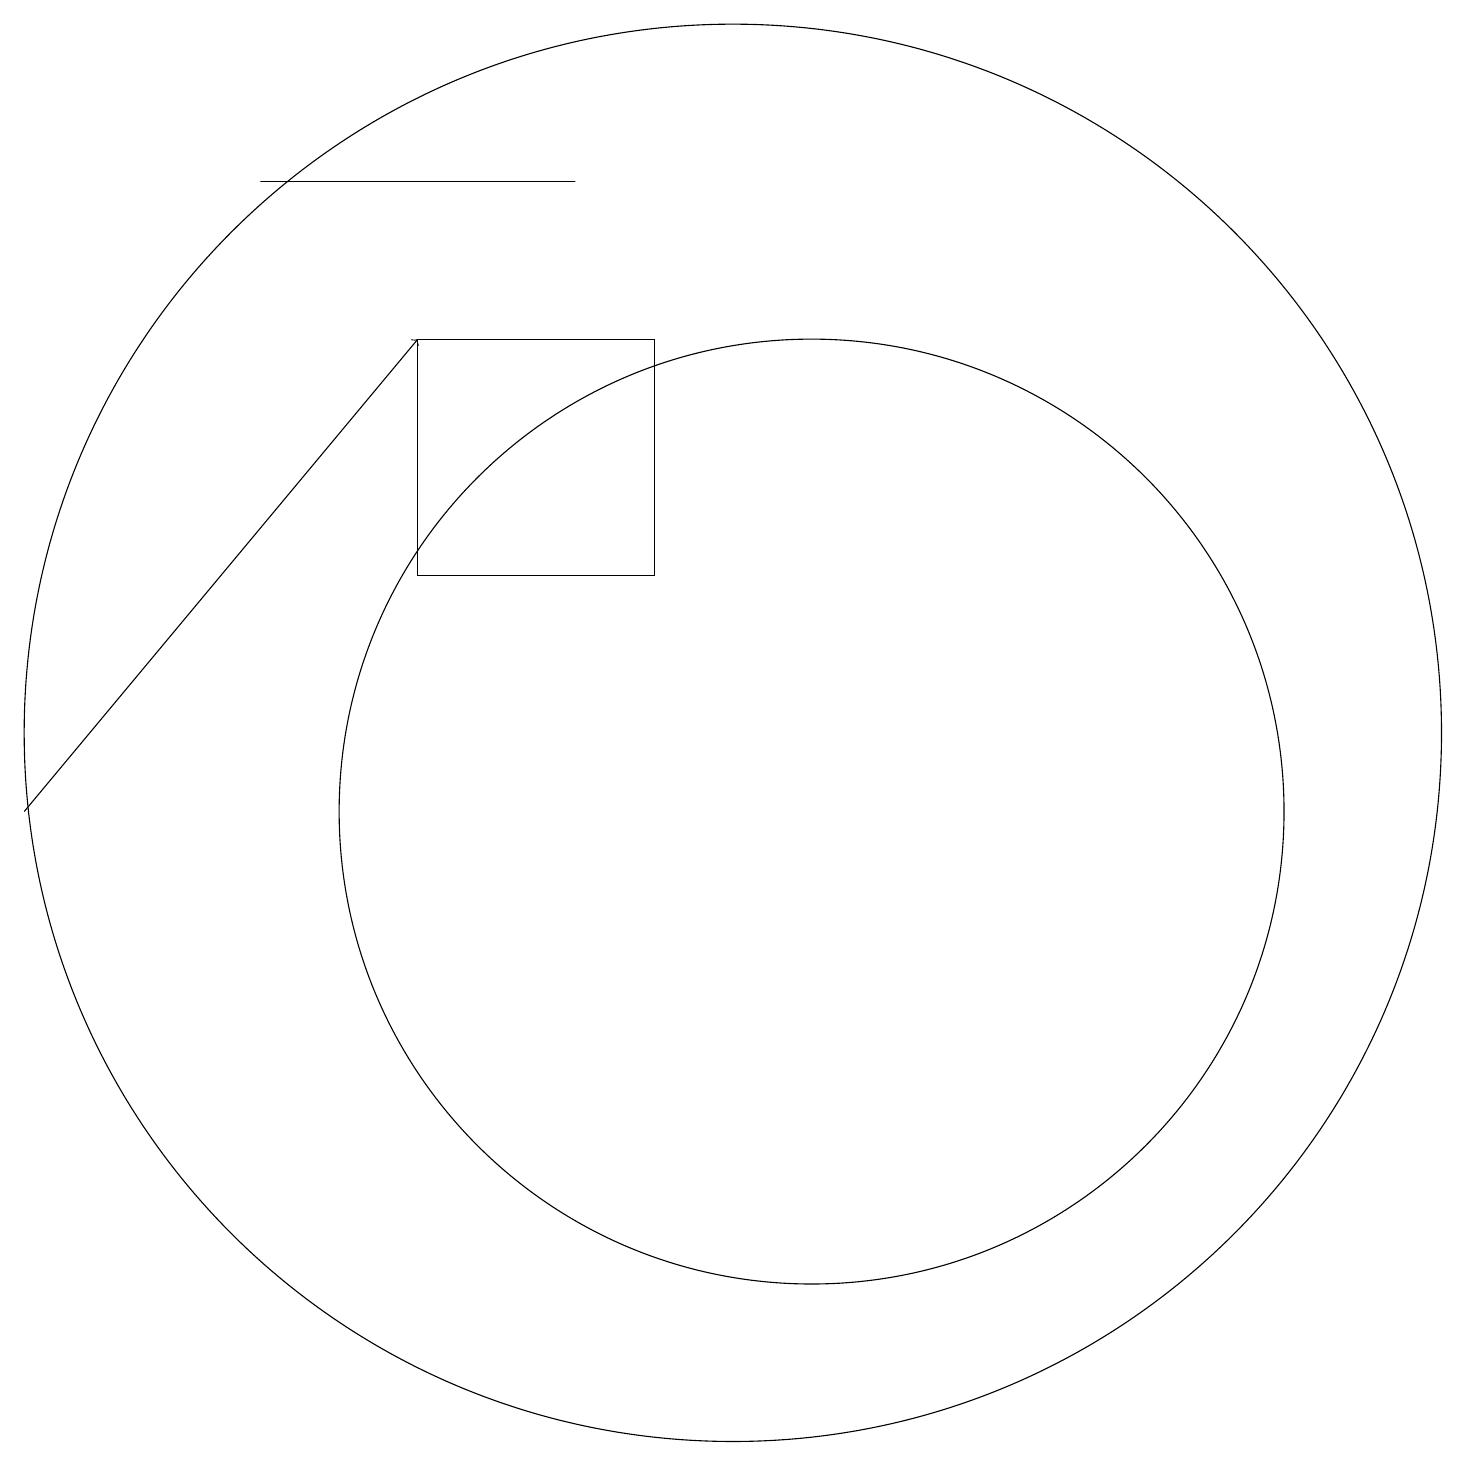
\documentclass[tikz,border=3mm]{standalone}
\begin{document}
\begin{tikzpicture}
\draw (6,14) rectangle (9,17);
\draw (10,12) circle (9);
\draw[->] (1,11) -- (6,17);
\draw (11,11) circle (6);
\draw (8,19) rectangle (4,19);
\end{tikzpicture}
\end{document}